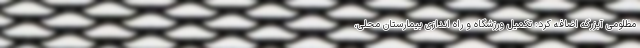
مظلومی آبزرگه اضافه کرد: تکمیل ورزشگاه و راه اندازی بیمارستان محلی،